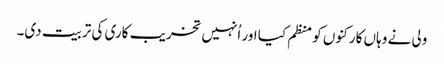
ولی نے وہاں کارکنوں کو منظم کیا اور اُنہیں تخریب کاری کی تربیت دی۔